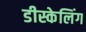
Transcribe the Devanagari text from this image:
डीस्केलिंग